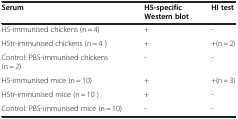
| Serum | H5-specific Western blot | HI test |
 | --- | --- | --- |
 | H5-immunised chickens (n = 4) | + | - |
 | H5tr-immunised chickens (n = 4 ) | + | +(n = 2) |
 | Control: PBS-immunised chickens (n = 2) | - | - |
 | H5-immunised mice (n = 10) | + | +(n = 3) |
 | H5tr-immunised mice (n = 10 ) | + | - |
 | Control: PBS-immunised mice (n = 10) | - | - |